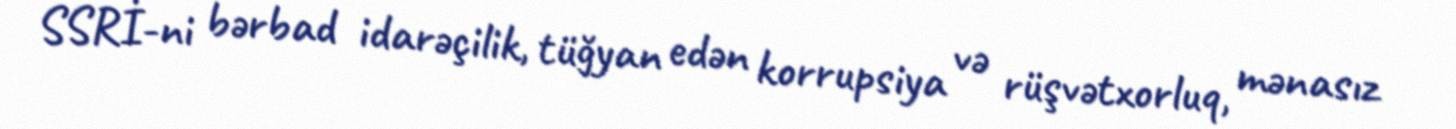
SSRİ-ni bərbad idarəçilik, tüğyan edən korrupsiya və rüşvətxorluq, mənasız